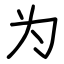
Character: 为